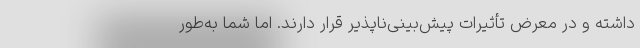
داشته و در معرض تأثیرات پیش‌بینی‌ناپذیر قرار دارند. اما شما به‌طور